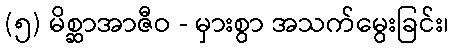
(၅) မိစ္ဆာအာဇီဝ - မှားစွာ အသက်မွေးခြင်း၊